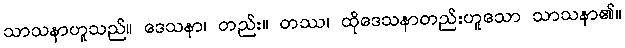
သာသနာဟူသည်။ ဒေသနာ၊ တည်း။ တဿ၊ ထိုဒေသနာတည်းဟူသော သာသနာ၏။